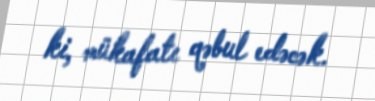
ki, mükafatı qəbul edəcək.